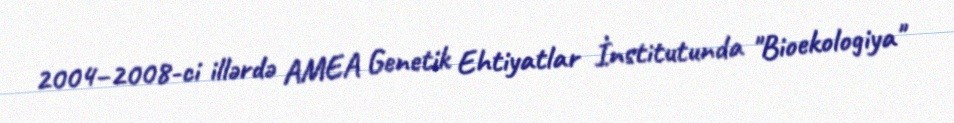
2004–2008-ci illərdə AMEA Genetik Ehtiyatlar İnstitutunda "Bioekologiya"